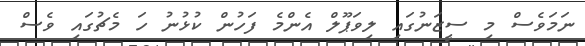
ނަމަވެސް މި ސީޒަނުގައި ލިވަޕޫލް އެންމެ ފަހުން ކުޅުނު ހަ މެޗުގައި ވެސް